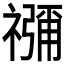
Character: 𮂖